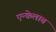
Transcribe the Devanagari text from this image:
एन्केलाब